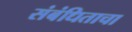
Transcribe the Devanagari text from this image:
संबंधिताचा